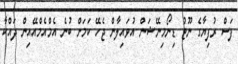
ފަސް ރުފިޔާގެ ނޫޓު ޑިނޯމިނޭޝަން އުވައިލާން ޖެހޭ ކަމަށް ބުނެ އެމްއެމްއޭއިން ދައްކާ